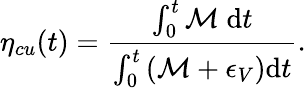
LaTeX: \eta_{cu}(t)=\frac{\int_{0}^{t}\mathcal{M}\; \mathrm{d}t}{\int_{0}^{t}\left(\mathcal{M}+\epsilon_{V}\right)\mathrm{d}t}.